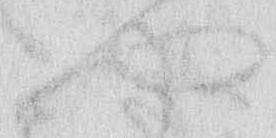
や